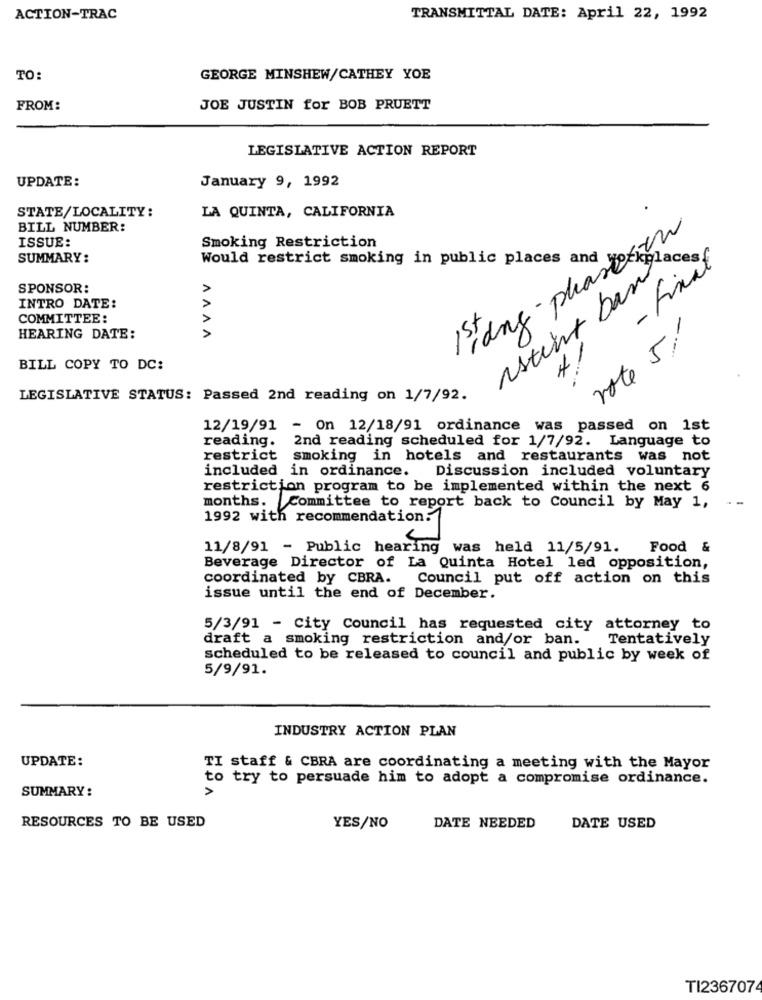
ACTION-TRAC
TRANSMITTAL DATE: April 22, 1992
TO:
GEORGE MINSHEW/CATHEY YOE
FROM:
JOE JUSTIN for BOB PRUETT
LEGISLATIVE ACTION REPORT
UPDATE:
January 9, 1992
STATE/LOCALITY:
LA QUINTA, CALIFORNIA
BILL NUMBER:
1stang - pharesen
ISSUE:
Smoking Restriction
SUMMARY:
Would restrict smoking in public places and
- Final
places{
VVVV
istirt ban
SPONSOR:
INTRO DATE:
COMMITTEE:
HEARING DATE:
rote 5;
41
BILL COPY TO DC:
LEGISLATIVE STATUS: Passed 2nd reading on 1/7/92.
12/19/91 - On 12/18/91 ordinance was passed on 1st
reading. 2nd reading scheduled for 1/7/92. Language to
restrict smoking in hotels and restaurants was not
included in ordinance. Discussion included voluntary
restriction program to be implemented within the next 6
months. Committee to report back to Council by May 1,
1992 with recommendation:
11/8/91 - Public hearing was held 11/5/91.
Food &
Beverage Director of La Quinta Hotel led opposition,
coordinated by CBRA. Council put off action on this
issue until the end of December.
5/3/91 - City Council has requested city attorney to
draft a smoking restriction and/or ban.
Tentatively
scheduled to be released to council and public by week of
5/9/91.
INDUSTRY ACTION PLAN
UPDATE:
TI staff & CBRA are coordinating a meeting with the Mayor
to try to persuade him to adopt a compromise ordinance.
SUMMARY:
>
RESOURCES TO BE USED
YES/NO
DATE NEEDED
DATE USED
TI2367074